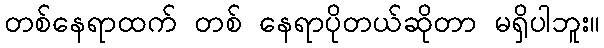
တစ်နေရာထက် တစ် နေရာပိုတယ်ဆိုတာ မရှိပါဘူး။